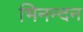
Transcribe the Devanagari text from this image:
भिनन्दन